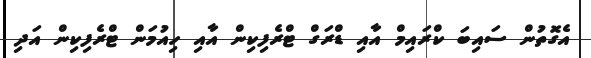
އެގޮތުން ސައިބަ ކްރައިމް އާއި ޑްރަގް ޓްރެފިކިން އާއި ހިއުމަން ޓްރެފިކިން އަދި